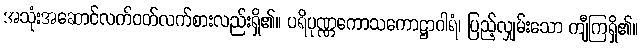
အသုံးအဆောင်လက်ဝတ်လက်စားလည်းရှိ၏။ ပရိပုဏ္ဏကောသကောဋ္ဌာဂါရံ၊ ပြည့်လျှမ်းသော ကျီကြရှိ၏။